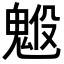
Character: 𩳇